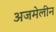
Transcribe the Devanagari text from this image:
अजमेलीन